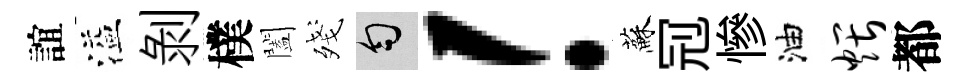
誼溢剝樸闔殘匀！蘇𠜍慘油煨都